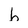
Character: h